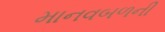
માનવબળની